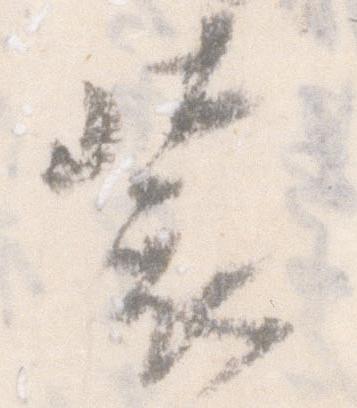
装